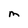
Character: M